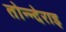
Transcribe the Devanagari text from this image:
तोन्न्देराइ